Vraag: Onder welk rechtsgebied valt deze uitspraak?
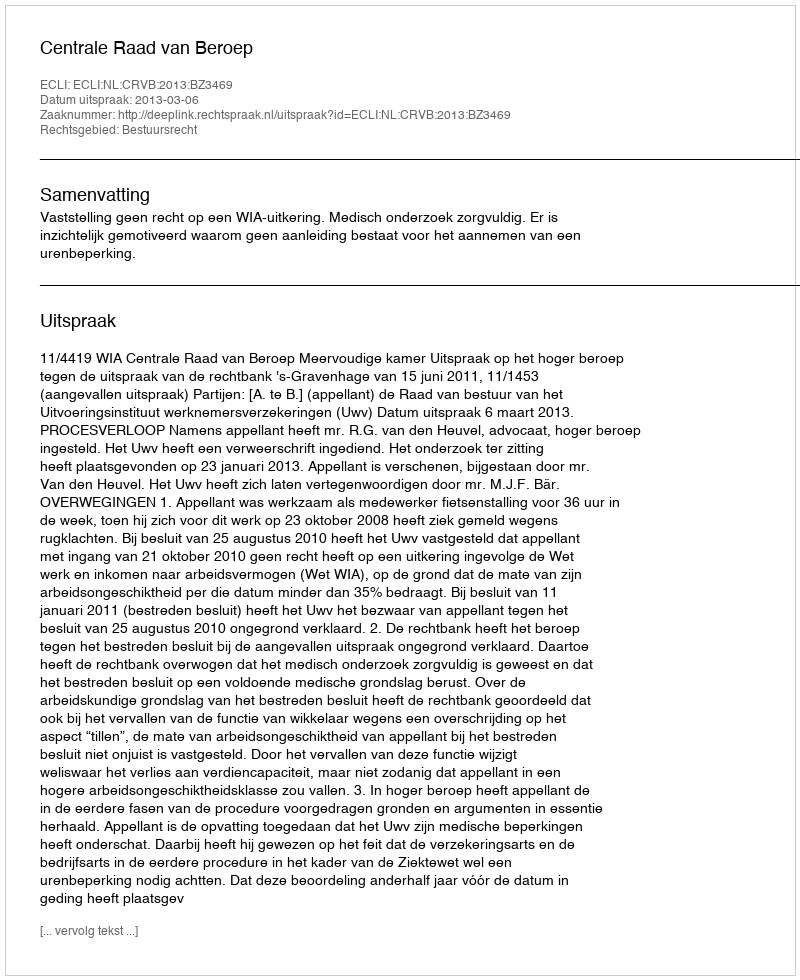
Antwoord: Bestuursrecht